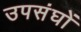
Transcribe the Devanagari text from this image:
उपसंघों